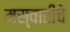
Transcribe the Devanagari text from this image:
मस्वातींचे